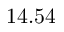
1 4 . 5 4